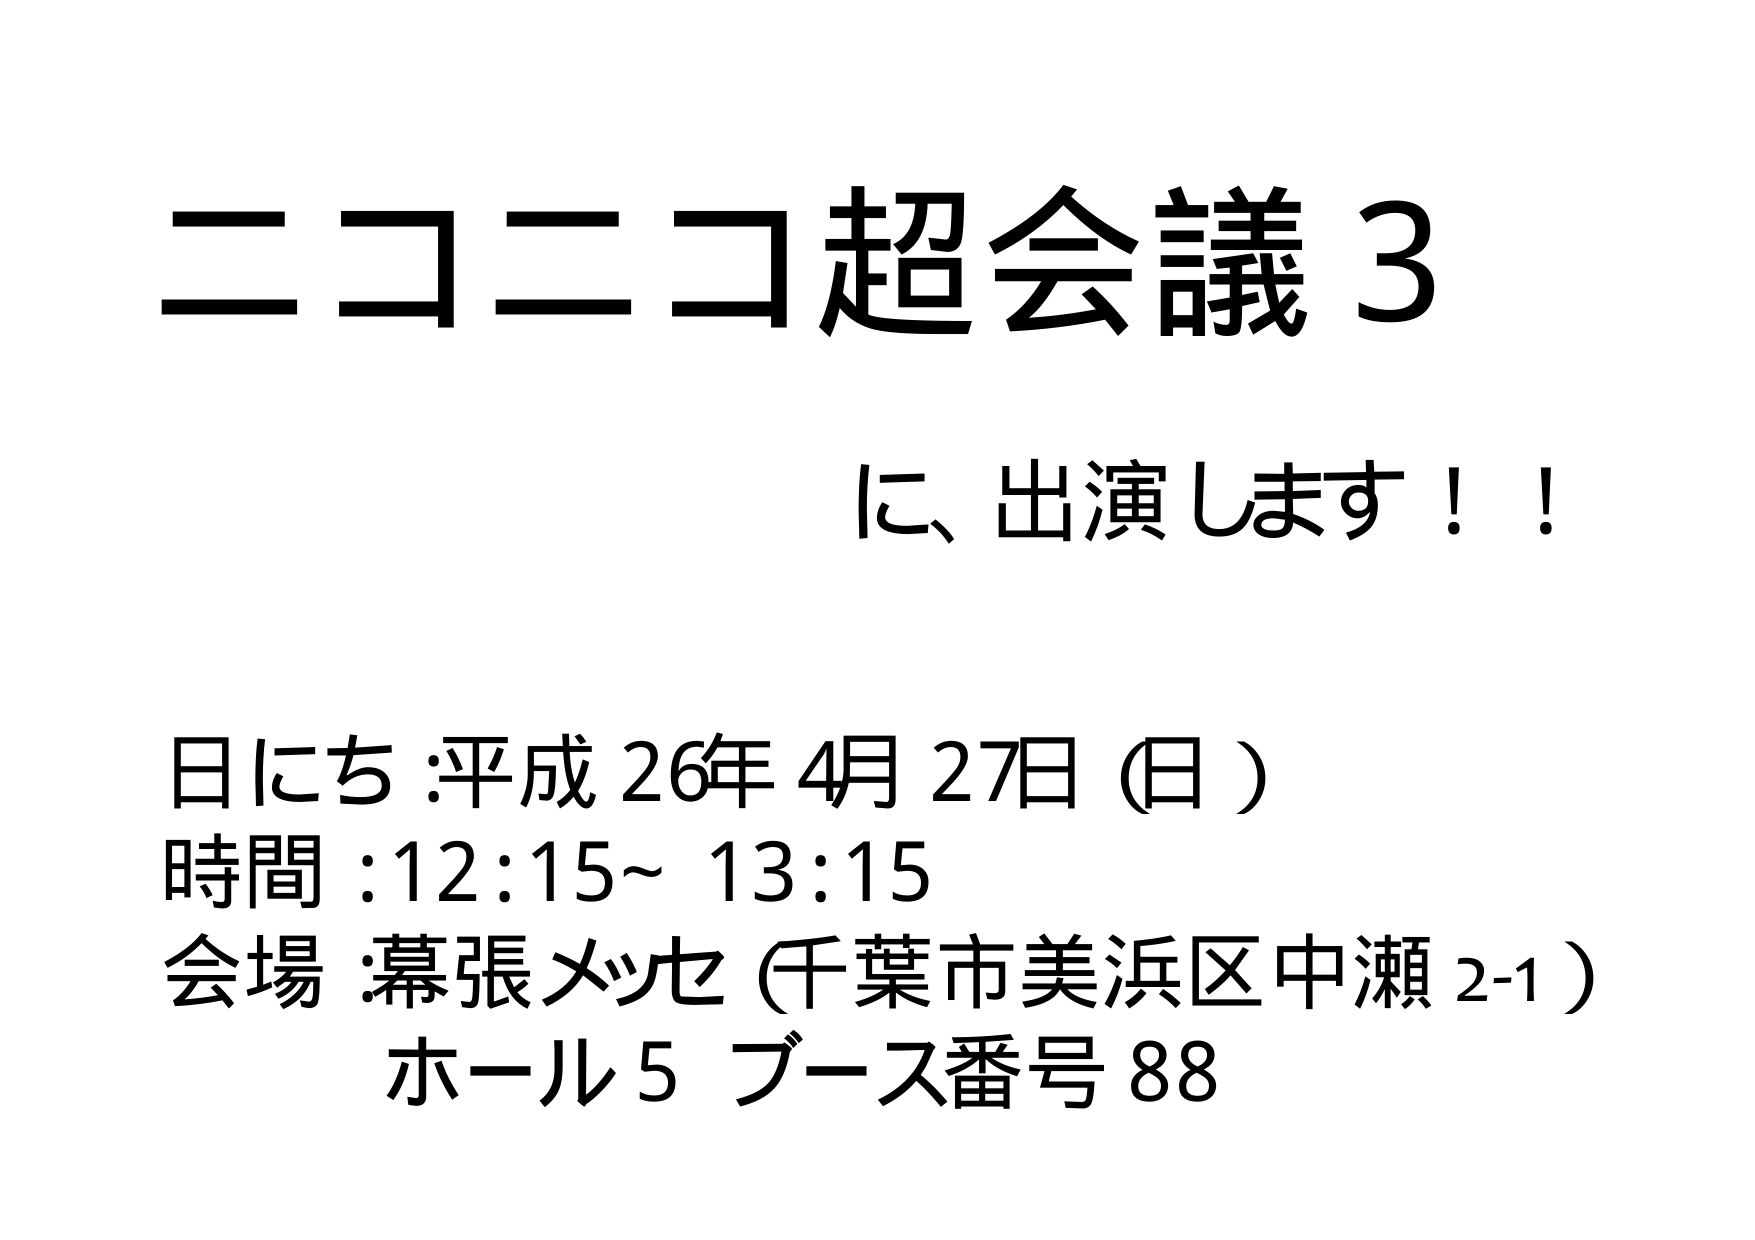
ニコニコ超会議3
に、出演します！！

日にち：平成26年4月27日（日）
時間：12:15～13:15
会場：幕張メッセ（千葉市美浜区中瀬2-1）
ホール5 ブース番号88